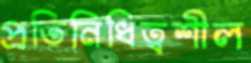
প্রতিনিধিত্বশীল